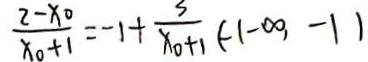
\frac { 2 - x _ { 0 } } { x _ { 0 } + 1 } = - 1 + \frac { 3 } { x _ { 0 } + 1 } ( - 1 - \infty , - 1 )